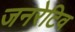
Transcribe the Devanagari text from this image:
जनरेटिव